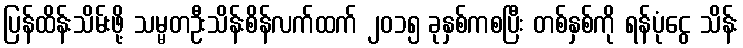
ပြန်ထိန်းသိမ်းဖို့ သမ္မတဦးသိန်းစိန်လက်ထက် ၂၀၁၅ ခုနှစ်ကစပြီး တစ်နှစ်ကို ရန်ပုံငွေ သိန်း